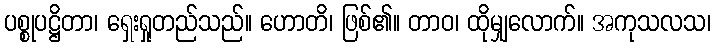
ပစ္စုပဋ္ဌိတာ၊ ရှေးရှုတည်သည်။ ဟောတိ၊ ဖြစ်၏။ တာဝ၊ ထိုမျှလောက်။ အကုသလသ၊